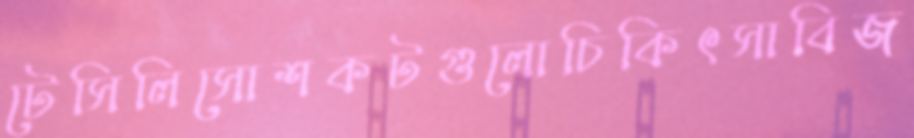
টেসিলিসোশকটগুলোচিকিৎসাবিজ